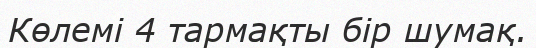
Көлемі 4 тармақты бір шумақ.